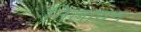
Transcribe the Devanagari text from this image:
निलायन